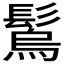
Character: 𩮮